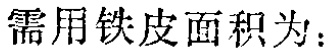
需用铁皮面积为：